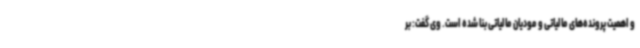
و اهمیت پرونده‌های مالیاتی و مودیان مالیاتی بنا شده است. وی گفت: بر